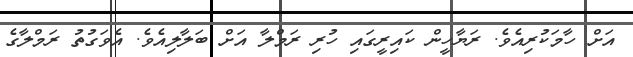
އަށް ހާމަކުރިއެވެ. ރަޔާހީން ކައިރީގައި ހުރި ރަމްލާ އަށް ބަލާލިއެވެ. އެވަގުތު ރަމްލާގެ